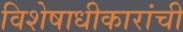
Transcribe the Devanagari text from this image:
विशेषाधीकारांची